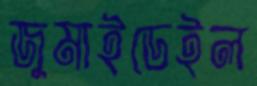
জুমাইডেইল